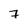
Character: 7